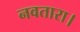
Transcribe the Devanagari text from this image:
नवतारा।